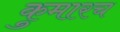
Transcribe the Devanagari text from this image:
कुमारच